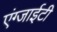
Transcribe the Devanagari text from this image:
एंग्जाईटी